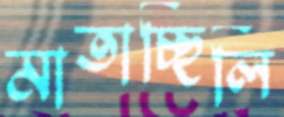
মাতাচ্ছিলি